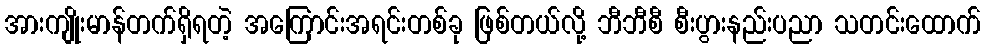
အားကျိုးမာန်တက်ရှိရတဲ့ အကြောင်းအရင်းတစ်ခု ဖြစ်တယ်လို့ ဘီဘီစီ စီးပွားနည်းပညာ သတင်းထောက်